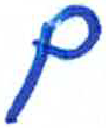
אות: ם